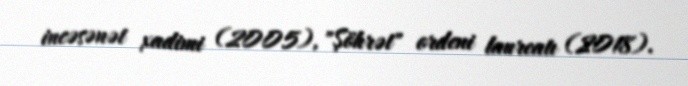
incəsənət xadimi (2005), "Şöhrət" ordeni laureatı (2018).